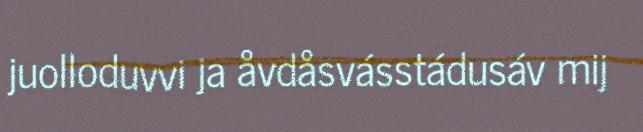
juolloduvvi ja åvdåsvásstádusáv mij